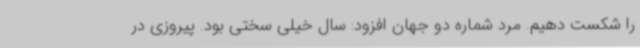
را شکست دهیم. مرد شماره دو جهان افزود: سال خیلی سختی بود. پیروزی در